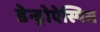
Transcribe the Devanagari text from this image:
डेन्ड्रोऐस्पिस